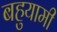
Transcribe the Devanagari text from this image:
बहुयामी